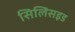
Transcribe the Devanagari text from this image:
सिलिसइड